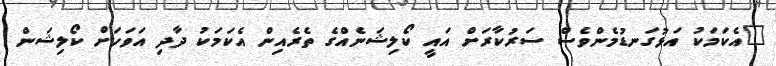
"އެކަމަކު އަޅުގަނޑުމެންވެސް ސަރުކާރަށް އައީ ކޯލިޝަނެއްގެ ތެރެއިން އެކަމަކު ދާދި އަވަހަށް ކޯލިޝަން